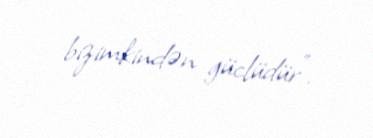
bizimkindən güclüdür”.